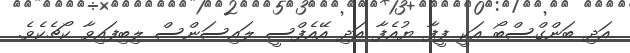
އަދި ބަންގްސްބޯ އަކީ ފީފާ ޔުއެފާ އަދި އޭއެފްސީ ލައިސަންސް ލިބިފައިވާ ކޯޗެކެވެ.